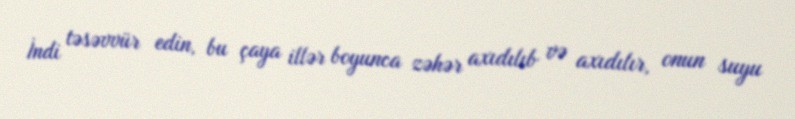
İndi təsəvvür edin, bu çaya illər boyunca zəhər axıdılıb və axıdılır, onun suyu